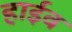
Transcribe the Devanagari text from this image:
हाईव